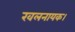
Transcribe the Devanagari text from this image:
खलनायक।